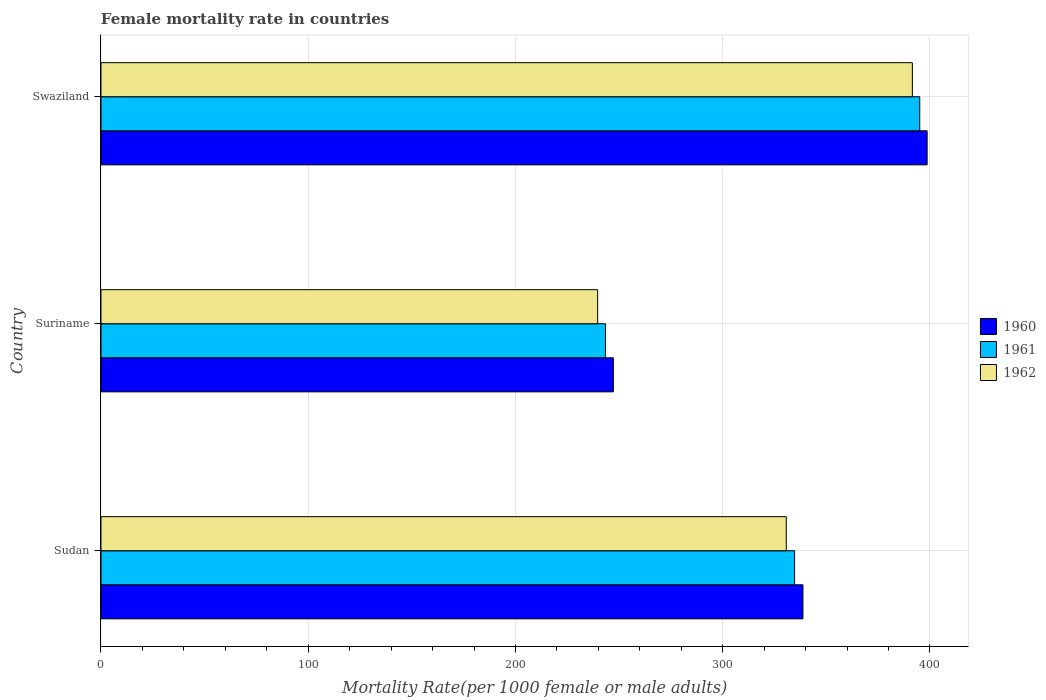
| Country | 1960 | 1961 | 1962 |
 | --- | --- | --- | --- |
 | Sudan | 339 | 335 | 331 |
 | Suriname | 247 | 243 | 240 |
 | Swaziland | 399 | 395 | 392 |